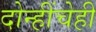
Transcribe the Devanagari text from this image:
दोन्हींचेही